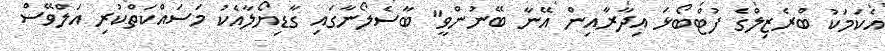
އެކަމަކު ބްރެޒިލްގެ ފުޓްބޯޅަ އިދާރާއިން އޭނާ ބޭނުންވީ" ބާސެލޯނާގައި ގާޑިޔޯލާއެކު މަސައްކަތްކުރި އަލްވޭސް